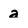
Character: a